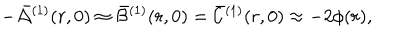
- \bar { \cal A } { } ^ { ( 1 ) } ( r , 0 ) \approx \bar { \cal B } { } ^ { ( 1 ) } ( r , 0 ) = \bar { \cal C } { } ^ { ( 1 ) } ( r , 0 ) \approx - 2 \phi ( r ) ,